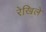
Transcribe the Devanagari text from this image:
रेखिले